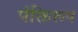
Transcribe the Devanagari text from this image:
पंक्तिरूप